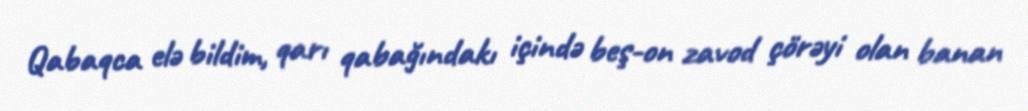
Qabaqca elə bildim, qarı qabağındakı içində beş-on zavod çörəyi olan banan